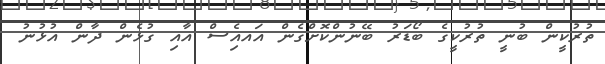
ތުރުކީން ބުނީ ތުރުކީގެ ބޯޑަރު ބޭނުންކޮށްގެން އައއިެސް އާއި ގުޅެން ދާން އުޅުނު